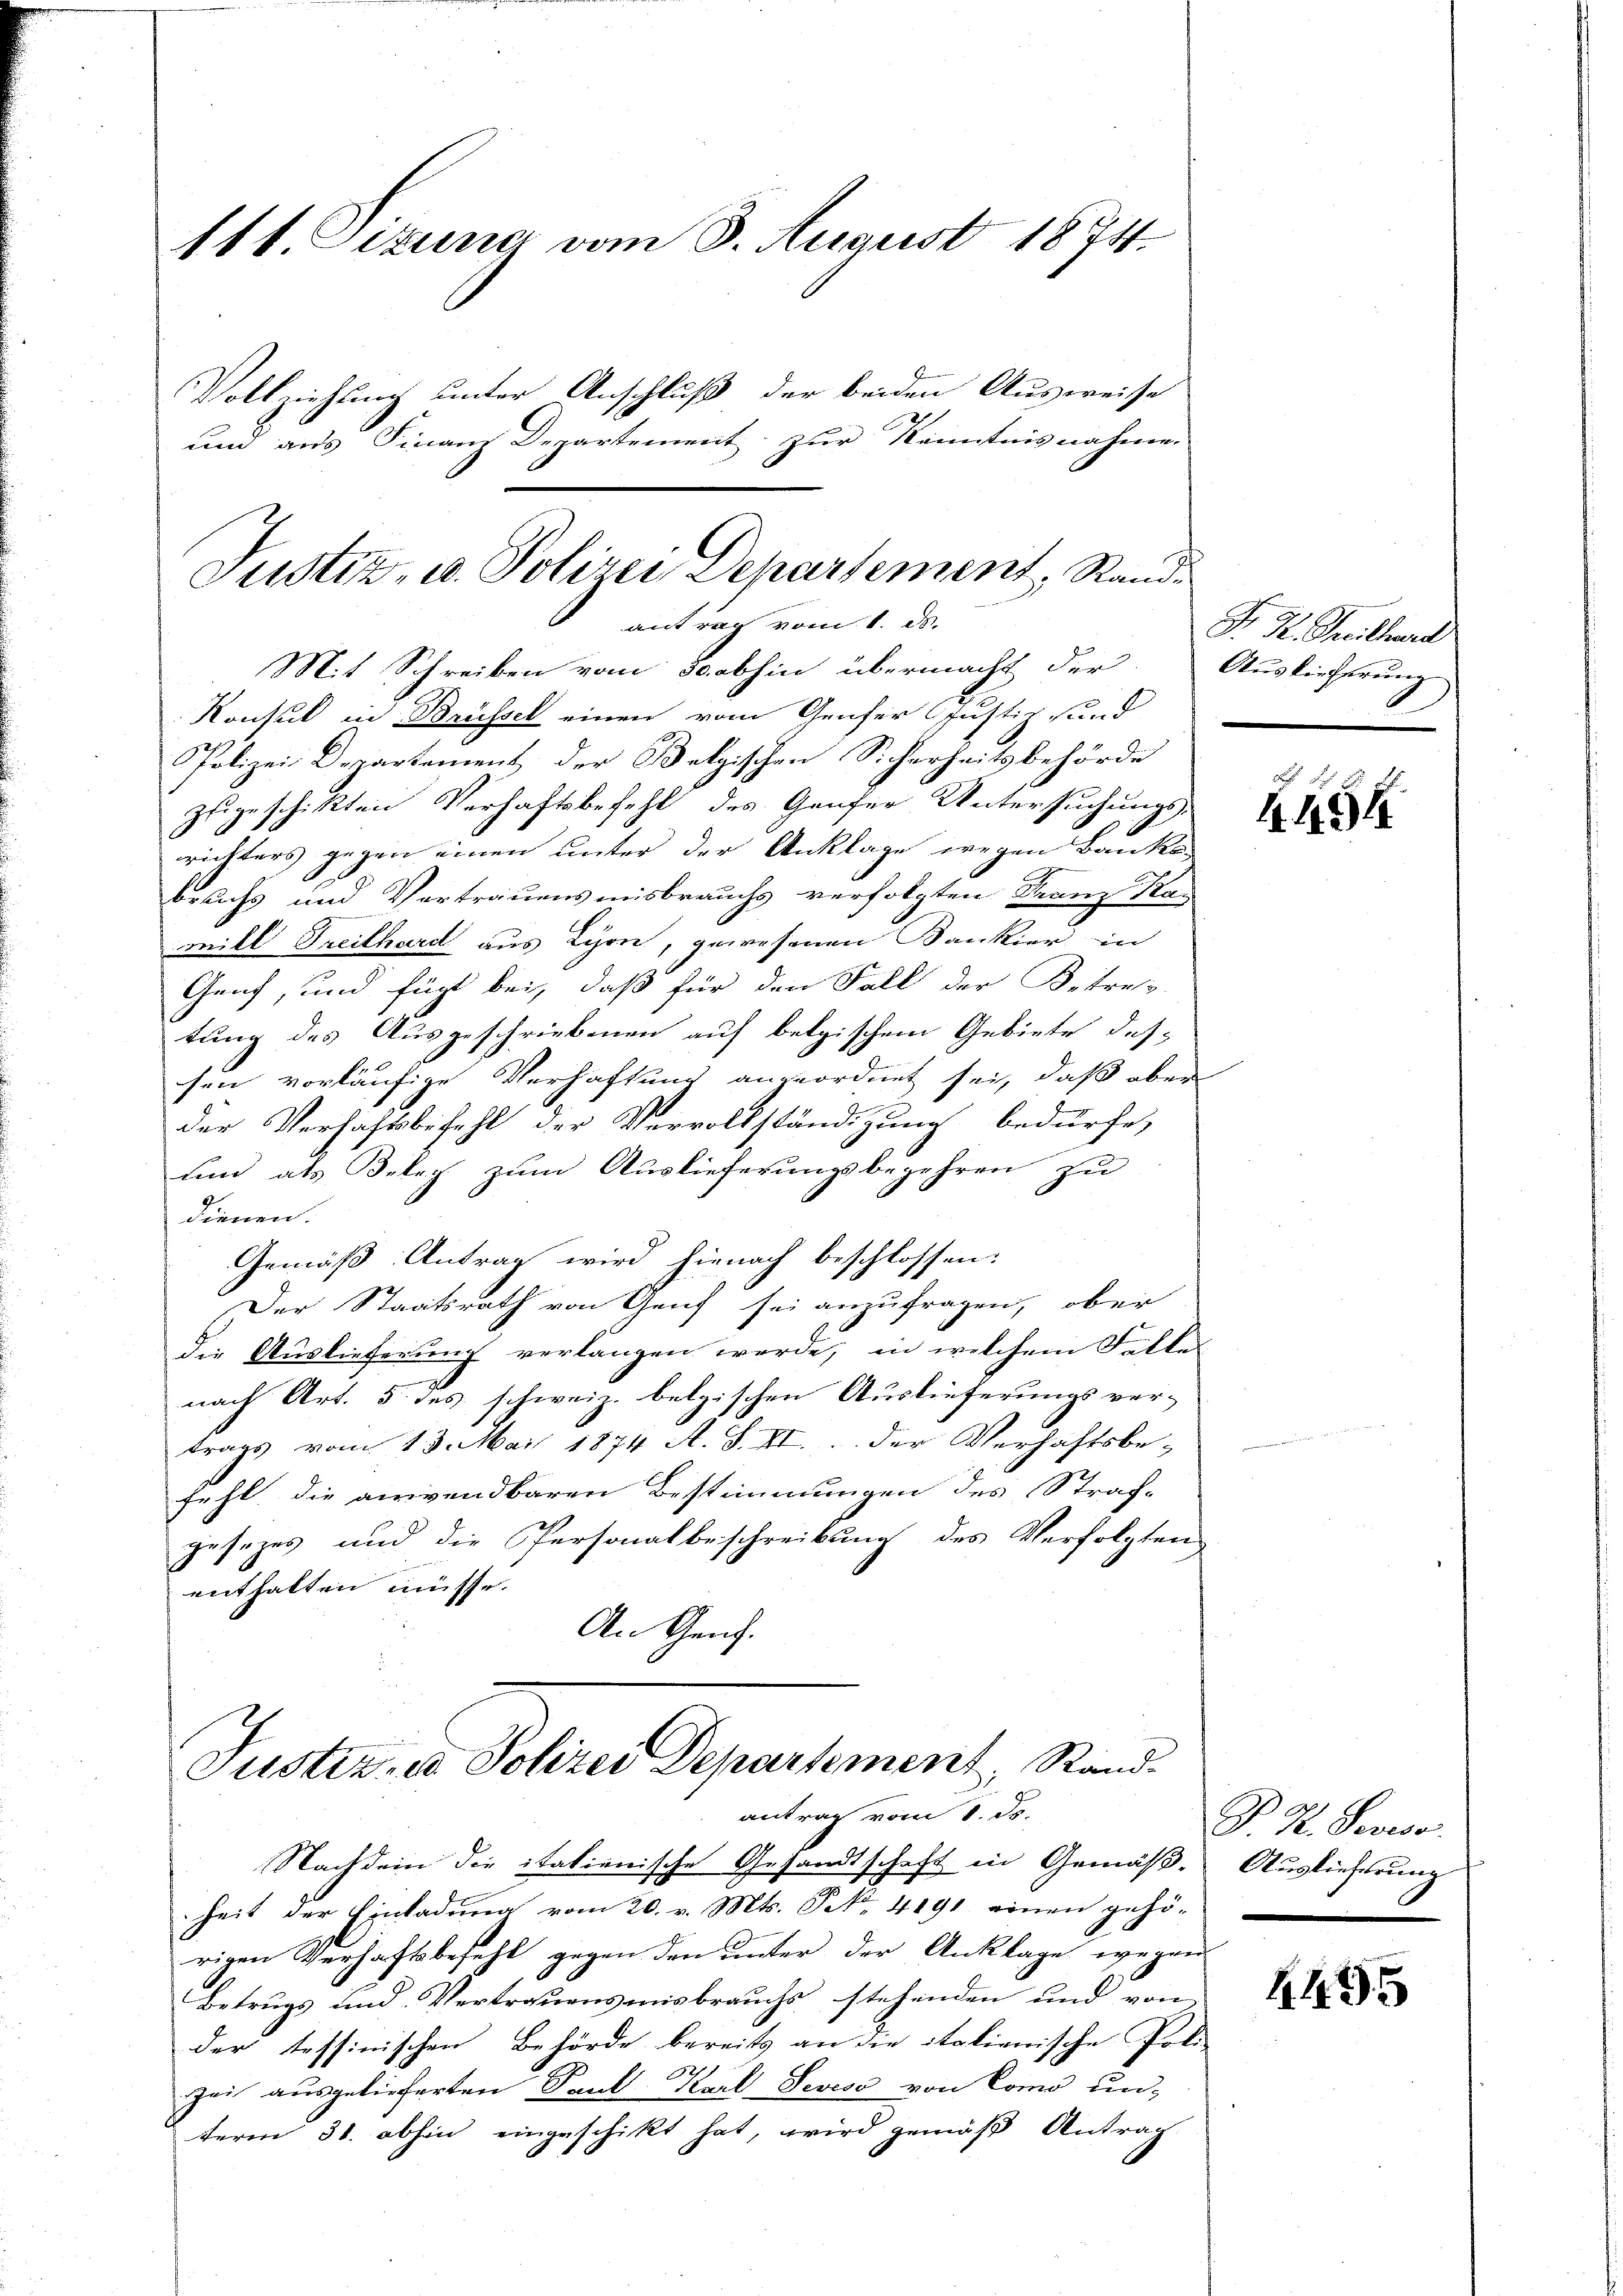
111. Sitzung vom 8. August 1874.
Vollziehung unter Anschluß der beiden Ausweise
und aus Finanz Departement zur Kenntnisnahme

Mit Schreiben vom 30 abhin übermacht der Auslieferung
Konsul in Brüssel einen vom Genfer Justiz und
Polizei Departement der Belgischen Sicherheitsbehörde
zugeschikten Verhaftsbefehl des Genfer Untersuchungs-
richters gegen einen unter der Anklage wegen Banks-
bruchs und Vertrauensmisbrauchs verfolgten Franz Ka-
mill Freilhard aus Lyon, gewesenen Bankier in
Genf, und fügt bei, daß für den Fall der Betref
tung des Ausgeschriebenen auf belgischem Gebiete des
sen vorläufige Verhaftung angeordnet sei, daß aber
der Verhaftsbefehl der Vervollständigung bedürfe,
sind als Beleg zum Auslieferungsbegehren zu
dienen.
Gemäß Antrag wird hienach beschlossen:
Der Staatsrath von Genf sei anzufragen, ober
die Auslieferung verlangen werde, in welchem Felle
nach Art. 5 des schweiz. belgischen Auslieferungsver-
trags vom 13. Mai 1874 A. S. VI. der Verhaftsbe-
fehl, die anwendbaren Bestimmungen des Straf-
gesezes und die Personalbeschreibung des Verfolgten
enthalten müsse.
An Genf.

Justiz- u. Polizei Departement, Randantrag vom 1. ds.

Justiz- u. Polizei Departement, Randantrag vom 1. ds.

Nachdem die italienische Gesandtschaft in Gemäß Auslieferung
heit der Einladung vom 20. v. Mts. S. 4191 einen gehö-
rigen Verhaftsbefehl gegen den unter der Anklage wegen
Betrugs und Vertrauensmisbrauchs stehenden und von
der teffinischen Behörde bereits an die italienische Poli
2
Zei ausgelieferten Dank Karl-Teviso von Como un-
term 31. abhin eingeschikt hat, wird gemäß Antrag

Fr. K. Freillerd

449

P. D. Reviso

4495